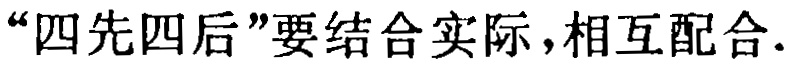
“四先四后”要结合实际，相互配合.